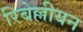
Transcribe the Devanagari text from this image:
रिबेल्लीयन